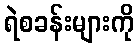
ရဲစခန်းများကို